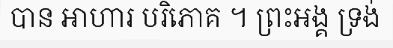
បាន អាហារ បរិភោគ ។ ព្រះអង្គ ទ្រង់